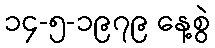
၁၄-၅-၁၉၇၉ နေ့စွဲ